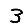
Digit: 3